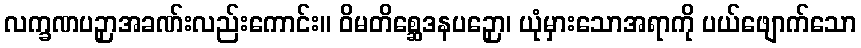
လက္ခဏပဉှာအခဏ်းလည်းကောင်း။ ဝိမတိစ္ဆေဒနပဉှော၊ ယုံမှားသောအရာကို ပယ်ဖျောက်သော